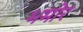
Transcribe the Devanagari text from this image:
भमोर